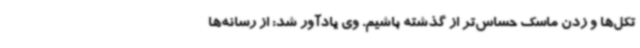
تکل‌ها و زدن ماسک حساس‌تر از گذشته باشیم. وی یادآور شد: از رسانه‌ها